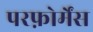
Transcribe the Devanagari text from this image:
परफ़ोर्मेंस